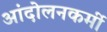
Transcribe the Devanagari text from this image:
आंदोलनकर्मी